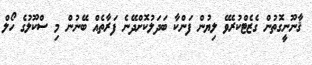
ޤާނޫނީގޮތުން ގެޒެޓްކުރެވޭ ލިޔުން ފަންކާ ބަދަލުކޮށްދޭނެ ފަރާތެއް ބޭނުން މި ސްކޫލުގެ ހޯލް